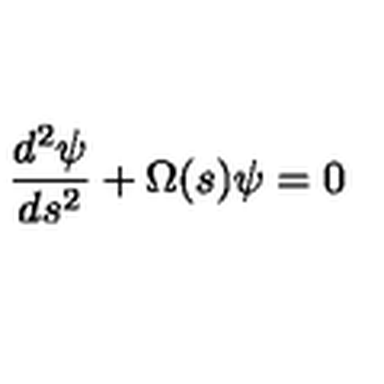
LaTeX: { \frac { d ^ { 2 } \psi } { d s ^ { 2 } } } + \Omega ( s ) \psi = 0